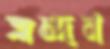
ত্রন্দন